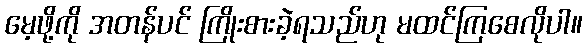
မေ့ဖို့ကို အတန်ပင် ကြိုးစားခဲ့ရသည်ဟု မထင်ကြစေလိုပါ။